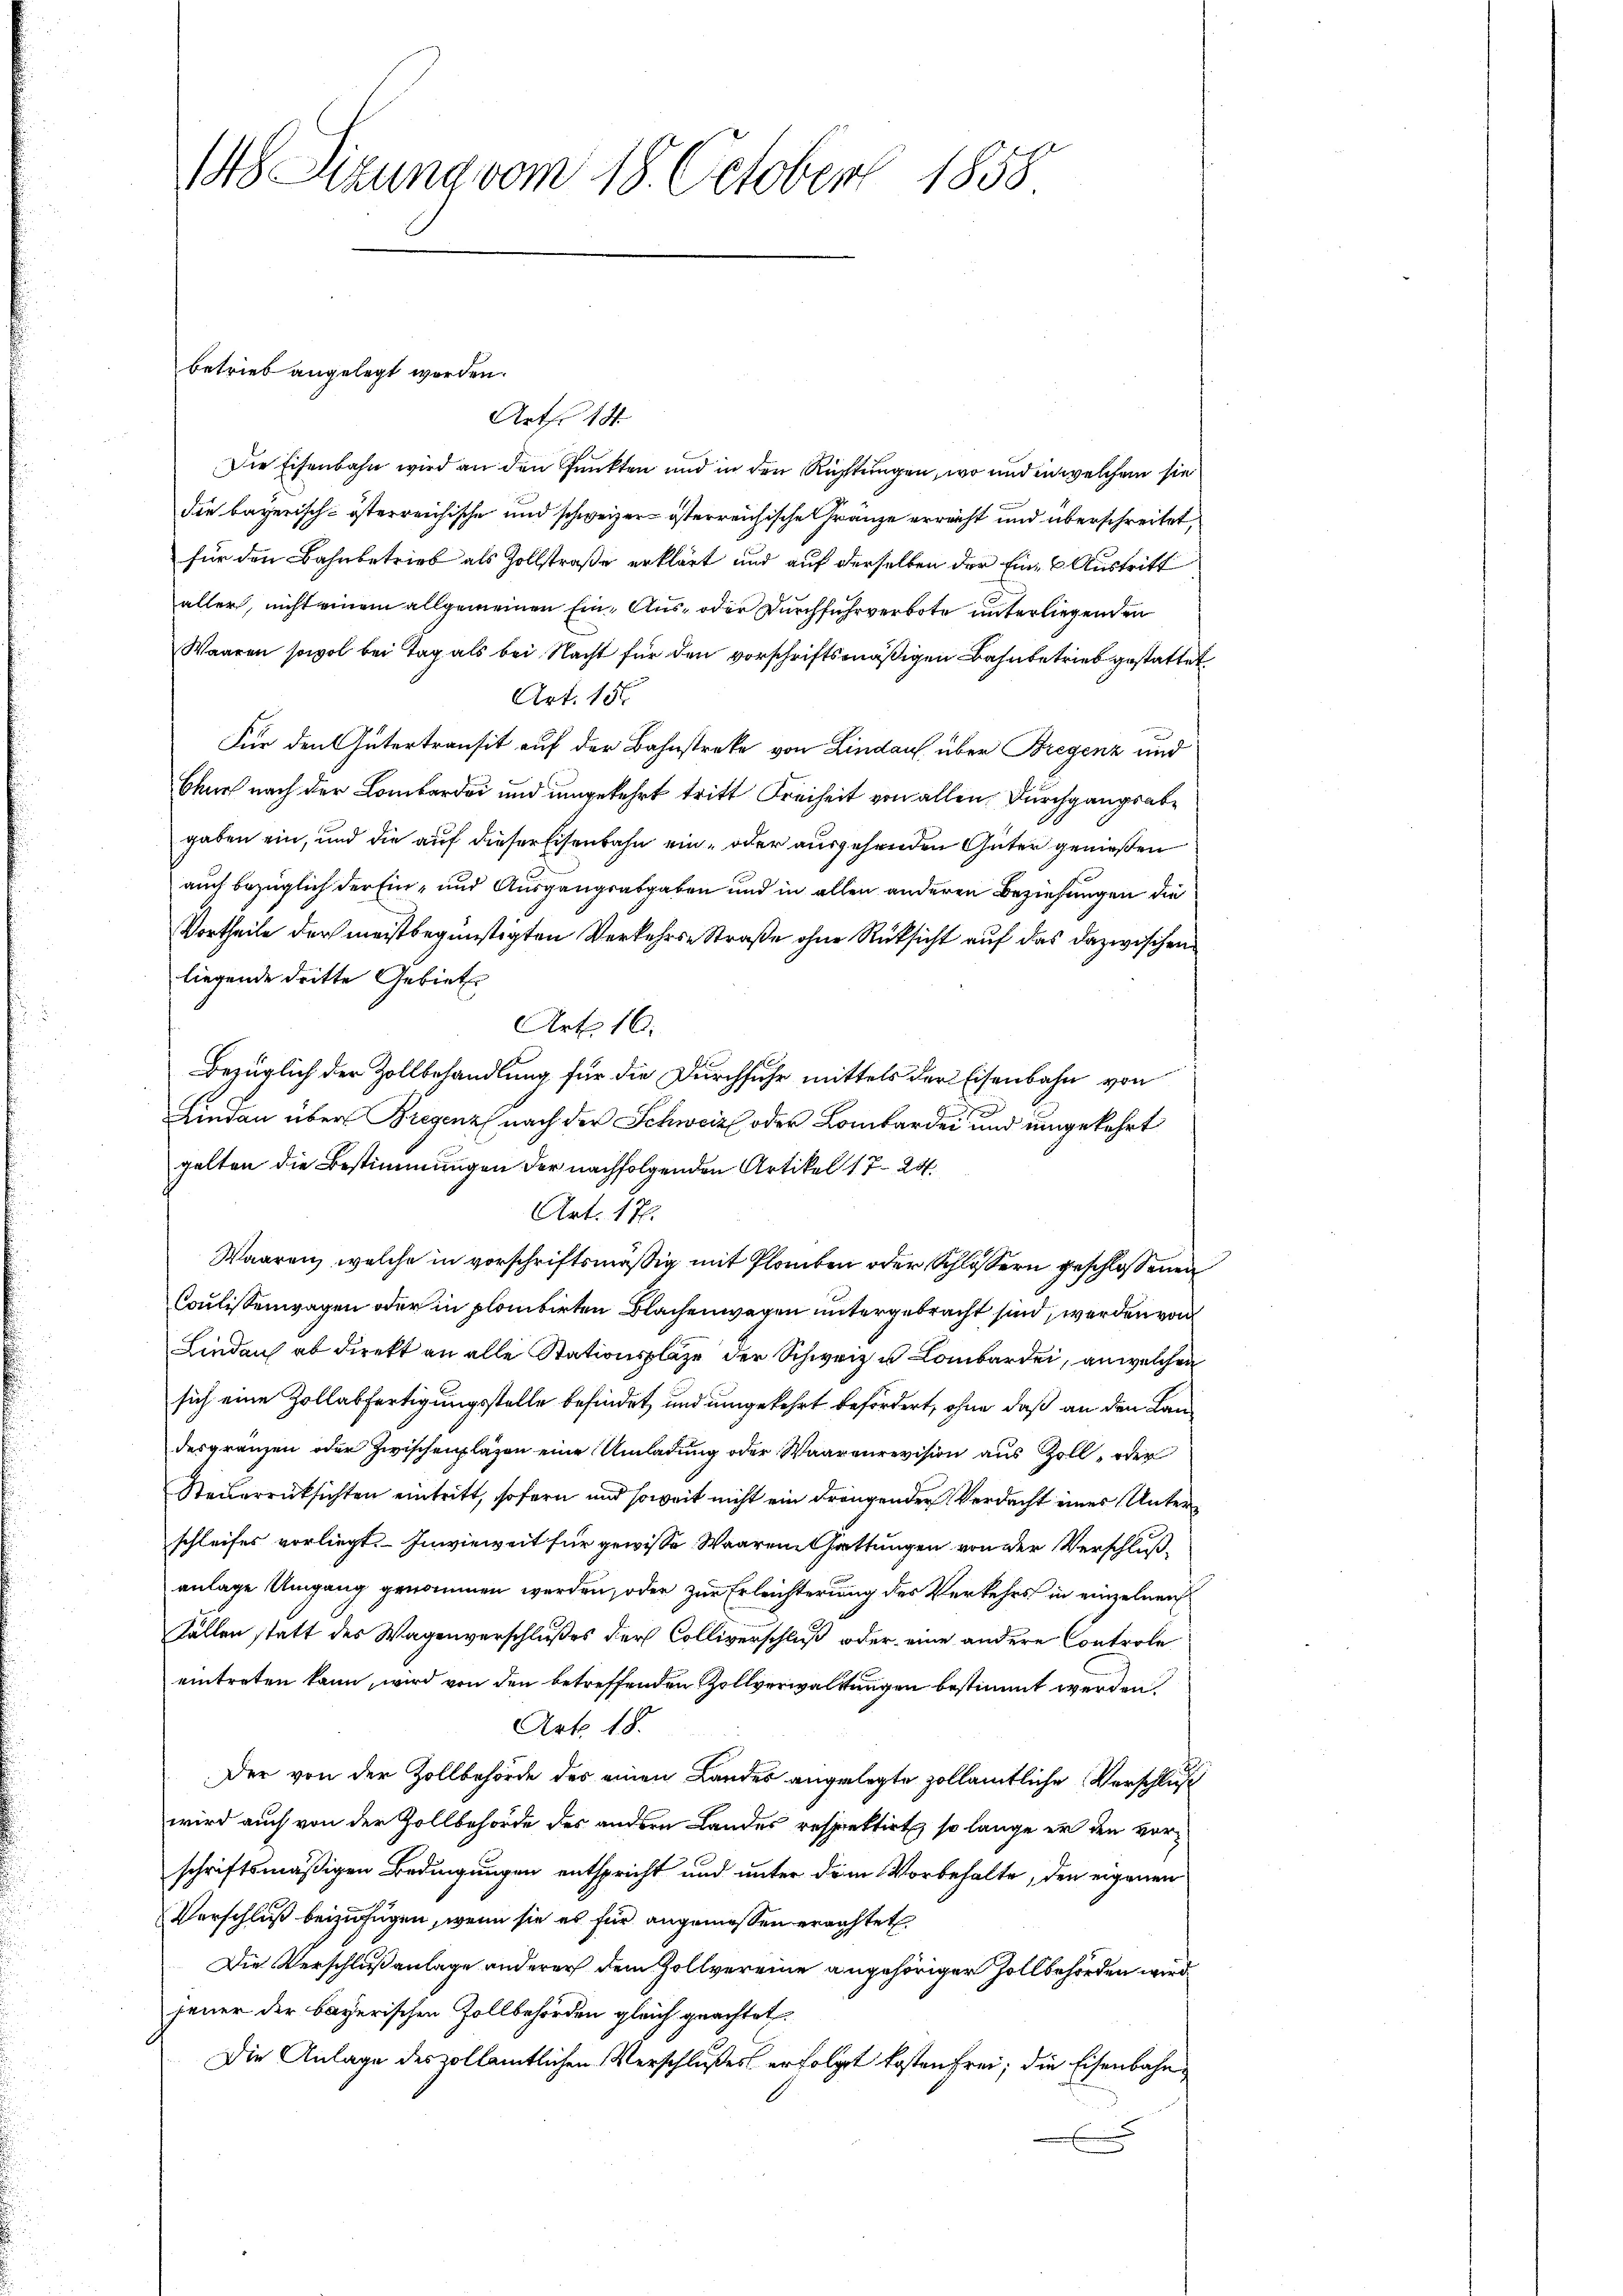
148 Sizung vom 18. October 1858

betrieb angelegt werden.

Art. 14
Die Eisenbahn wird an den Punkten und in den Richtungen, wo und in welchem sie
die bayerisch-österreichische und schweizer- österreichische Gränze erreicht und überschreitet,
für den Bahnbetrieb als Zollstraße erklärt und auf derselben der Eine Austritt
aller, nicht einem allgemeinen Eine Aus- oder Durchfuhrverbote unterliegenden
Waaren sowol bei Tag als bei Nacht für den vorschriftsmäßigen Bahnbetrieb gestattet.
Art. 156.
.
Für den Gütertransit auf der Bahnstreke von Lindaus über Bregenz und
Chur nach der Lombardi und umgekehrt tritt Freiheit von allen Durchgangsabgaben ein, und die auf dieser Eisenbahn ein- oder ausgehenden Güter genießen
auch bezüglich der Ein- und Ausgangsabgaben und in allen anderen Beziehungen die
Vortheile der meistbegünstigten Verkehrs- Straße ohne Rücksicht auf das dazwischen
liegende dritte Gebiet
Art. 16.
Bezüglich der Zollbehandlung für die Durchfuhr mittels der Eisenbahn von
Lindau über Bregenz nach der Schweiz oder Lombarde und umgekehrt
gelten die Bestimmungen der nachfolgenden Artikel 1720
Art. 17.
Waaren, welche in vorschriftsmäßig mit Plauben oder Schlössern geschlossenen
Coulissenwagen oder in plombirten Blachenwegen untergebracht sind, werden von
Lindau ab direkt an alle Stationsplaze der Schweiz u. Lombarde, an welchen
sich eine Zollabfertigungsstelle befindet, und umgekehrt befördert, ohne daß an den Landesgränzen oder Zwischenlagen eine Umladung oder Waarenrevision aus Zoll, oder
Steuerrücksichten eintritt, sofern und soweit nicht ein drängender Verdacht eines Unterschleifes vorliegt. Inwieweit für gewisse Waarent Gattungen von der Verschlußanlage Umgang genommen werden, oder zur Erleichterung des Verkehrs in einzelnen
Fallen statt des Wagenverschlußes der Colliverschluß oder eine andere Controle
eintreten kann, wird von den betreffenden Zollverwaltungen bestimmt werden.
Art. 18.
Der von der Zollbehörde des einen Landes angelegte zollamtliche Verschluß
wird auch von der Zollbehörde des andern Landes respektirt, so lange er den vorschriftsmäßigen Bedingungen entspricht und unter dem Vorbehalte, den eigenen
Verschluß beizufügen, wenn sie es für angemessen errichtet
Die Verschlußanlage anderer dem Zollvereine angehöriger Zollbehörden wird
jener der bayerischen Zollbehörden gleich geachtet.
Die Anlage des zollamtlichen Verschlußes erfolgt kosten frei, die Eisenbahn¬